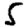
Digit: 5